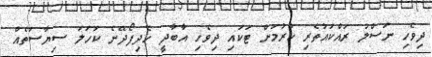
ދިވެހި ނަސްލު ރައްކައުތެރި ކުރުމަށް ޓަކައި ދިވެހި އާބާދީ ހެދިފޯދޭނެ ކަހަލަ ސިޔާސަތެއް